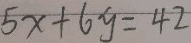
5 x + 6 y = 4 2